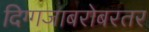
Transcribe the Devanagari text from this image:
दिग्गजाबरोबरतर